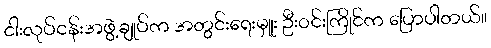
ငါးလုပ်ငန်းအဖွဲ့ချုပ်က အတွင်းရေးမှူး ဦးဝင်းကြိုင်က ပြောပါတယ်။